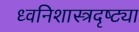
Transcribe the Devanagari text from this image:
ध्वनिशास्त्रदृष्ट्या